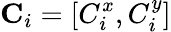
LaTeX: \textbf{C}_{i}=[C_{i}^{x},C_{i}^{y}]